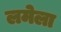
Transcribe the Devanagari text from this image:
लमेला